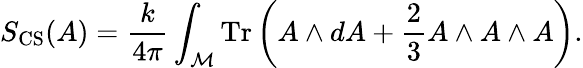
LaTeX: S_{\mathrm{CS}}(A)={\frac{k}{4\pi}}\int_{\cal M}\mathrm{Tr}\left(A\wedge dA+{\frac{2}{3}}A\wedge A\wedge A\right).